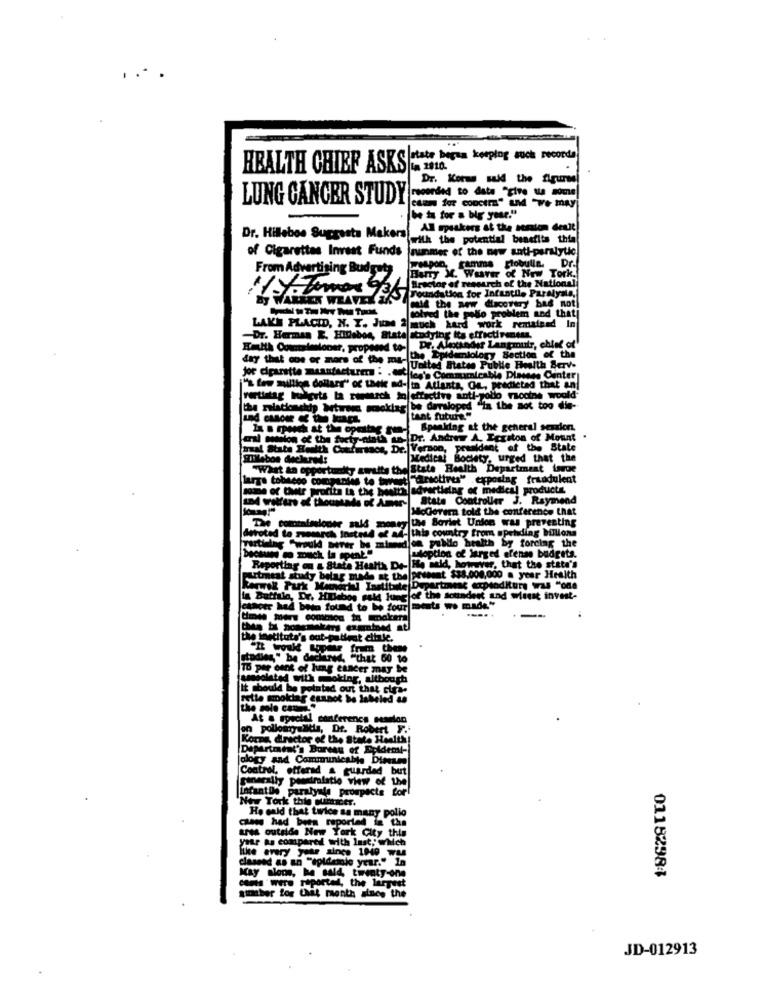
HEALTH CHIEF ASKS state bogus keptog mook recorda
Dr. Korun sald the figures
LUNG CANCER STUDY
be in for a big year."
AB speakers at the session denit!
Dr. Hilleboe Suggests Makers
with the potential benefits thia
of Cigarettes Invest Funds
nummer of the new anti-paralytic
From Advertising Budgety
weapon, gamma globulla. Dr.
Barry X. Weaver of Now Tork.
Factor of research of the National
By WARREN WEAVER &RSA
Foundation for Infantil, Paralyse,
See the new dlacorey bee not!
ved the pollo problem and thati
LAKE PLACID, N. T. June 2 much hard work remained In
-Dr. Herman E. HIDebos, State studying its effectiveness.
Hulth Consisnioner, proposed to- Dr. Alexander Langmuir, chief of"
day that cos or mors of the ma-e.p
miology Section of the
A United States Public Health Serve
joe cigarette maanfactures : .
i"'s low million dollarr" of thek ad- in Atlanta, OL, predicted that any
rettstag huberts ta research in effective anti-polio vaccine woold"
be dersloped
d "in the not too die-
tant future."
Speaking at the general session.
Dr. Andrer A. Ieriton of Mount
mal State Health Confirmses, Dr. Vermon, P
saidant of the State
Medical
th Boclety, urged that the
"What an opportunity awaits the State Health Department issue
Ersotires" exposing fraudulent
some ofwir profite Is the bestth advertising of medical products
Lod welfare of thousands of Amar- State Controller J. Raymond
McGerem told the conference that
devoted to memarch Instead of ad- this country from spending billons
y the Soviet Union was preventing
de public health by forcing the
Tartialag "would never be mim
tion of larged efense budgets.
Reporting on & Stata Helta Do-
He said, however, that the state's
Lrtmest study bolag made at the present $38.000,000 . year Health
nochal Institute Department expenditure was "one
elof the soundest and wirst invest-
cancer had been found to be four ments we made."
comicios in makers
the institute's out-patient cibule.
I would soper from theme
studies," be declared, "that 60 to
To per cent of hong cancer may be
ammsolated with moking, although
It should be pointed out that cirs-
rette mookdag esanot be labeled ta
the sole conme.
At a special conference session
on pollosyyelldla, Dr. Robert F.
Korna, director of the State Health!
Department's Bureau of Epidemil-
Jalogy and Communicable Dimu
Control, offerad & guarded but
sinarily pessimistio view of the
TarantDe paratyals prospects for
Now Tork this summer.
Ho wald that twice as many pollo
canwe had been reported in the
tres outside New Yor
your as compared with last, which
like every year since 1940 Was
clasesd as an "epidemie year." In
May alone, he said, twenty-one
0118298%
carte " were reported, the largest
siber for this month since the
JD-012913